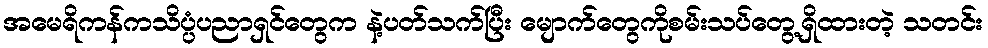
အမေရိကန်ကသိပ္ပံပညာရှင်တွေက နဲ့ပတ်သက်ပြီး မျောက်တွေကိုစမ်းသပ်တွေ့ရှိထားတဲ့ သတင်း